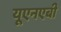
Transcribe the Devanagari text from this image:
यूएनएबी